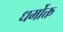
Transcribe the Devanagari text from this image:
धर्मोक्त